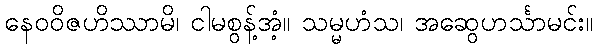
နေဝဝိဇဟိဿာမိ၊ ငါမစွန့်အံ့။ သမ္မဟံသ၊ အဆွေဟင်္သာမင်း။